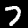
Label: 7